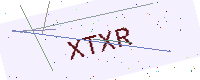
Text: XTXR